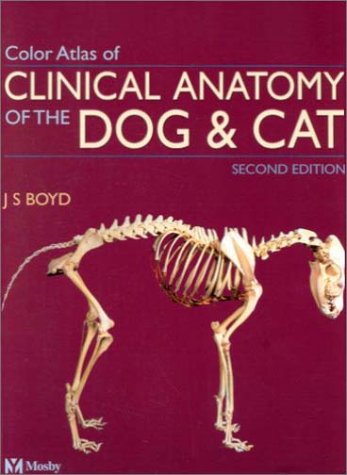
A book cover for Color Atlas of Clinical Anatomy of the Dog and Cat - Softcover Version; Jack S. Boyd BVMS  PhD  MRCVS; Medical Books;